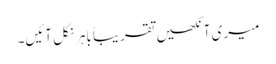
میری آنکھیں تقریباً باہر نکل آئیں۔